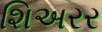
શિઅરર